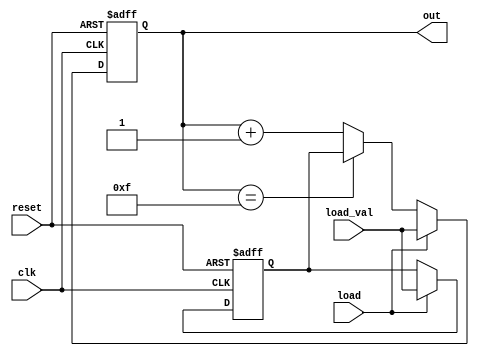
module countLoad#(parameter N=4)(clk, reset, load, load_val, out);

input clk, reset, load;
input [N-1:0] load_val;
output [N-1:0] out;

reg [N-1:0]count_reg;
reg [N-1:0] load_reg, nxt_count;

always @(posedge clk or posedge reset)begin
    if(reset) 
    load_reg <= 0;
    else if(load)
    load_reg <= load_val;
end


always @(posedge clk or posedge reset)begin
    if(reset) 
    count_reg <= 0;
    else
    count_reg <= nxt_count;
end

assign nxt_count = load ? load_val : (count_reg == 4'hf) ? load_reg : count_reg + 1;
assign out = count_reg;
endmodule